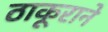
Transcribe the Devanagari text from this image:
ठाकूराने